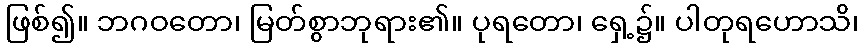
ဖြစ်၍။ ဘဂဝတော၊ မြတ်စွာဘုရား၏။ ပုရတော၊ ရှေ့၌။ ပါတုရဟောသိ၊